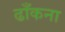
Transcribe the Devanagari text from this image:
ढाँकना